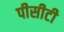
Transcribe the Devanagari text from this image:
पीसीटी